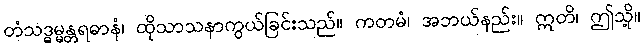
တံသဒ္ဓမ္မန္တရဓာနံ၊ ထိုသာသနာကွယ်ခြင်းသည်။ ကတမံ၊ အဘယ်နည်း။ ဣတိ၊ ဤသို့။